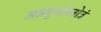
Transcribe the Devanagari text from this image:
अन्नपुर्णास्तोत्रं